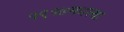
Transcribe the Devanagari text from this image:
१९१७मधल्या